Civil Veterinary Dept. Assam report 1927-50 - 1927-1950
Year: 1927
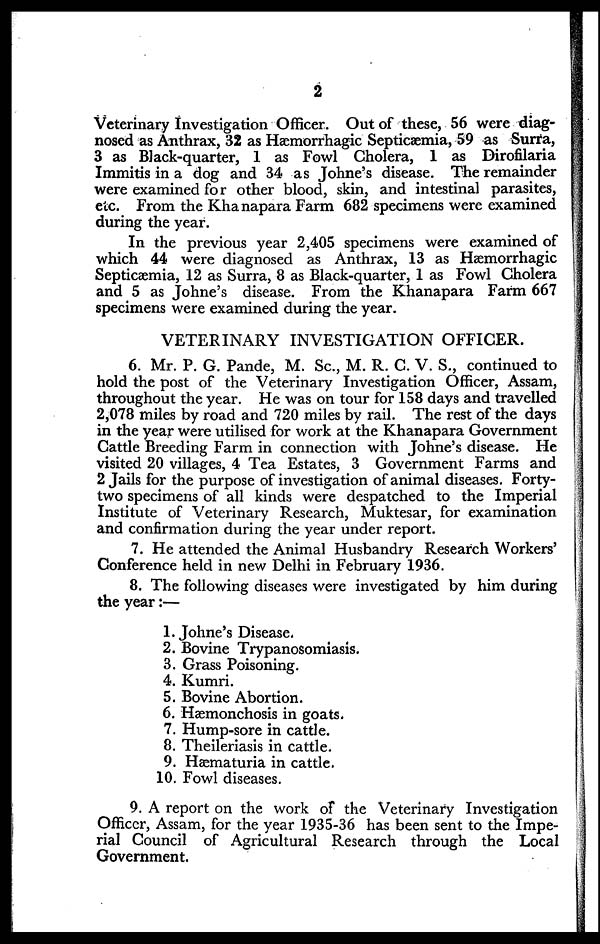
2
Veterinary Investigation Officer. Out of these, 56 were diag-
nosed as Anthrax, 32 as Hæmorrhagic Septicaemia, 59 as Surra,
3 as Black-quarter, 1 as Fowl Cholera, 1 as Dirofilaria
Immitis in a dog and 34 as Johne's disease. The remainder
were examined for other blood, skin, and intestinal parasites,
etc. From the Khanapara Farm 682 specimens were examined
during the year.
In the previous year 2,405 specimens were examined of
which 44 were diagnosed as Anthrax, 13 as Hæmorrhagic
Septicaemia, 12 as Surra, 8 as Black-quarter, 1 as Fowl Cholera
and 5 as Johne's disease. From the Khanapara Farm 667
specimens were examined during the year.
VETERINARY INVESTIGATION OFFICER.
6. Mr. P. G. Pande, M. Sc., M. R. C. V. S., continued to
hold the post of the Veterinary Investigation Officer, Assam,
throughout the year. He was on tour for 158 days and travelled
2,078 miles by road and 720 miles by rail. The rest of the days
in the year were utilised for work at the Khanapara Government
Cattle Breeding Farm in connection with Johne's disease. He
visited 20 villages, 4 Tea Estates, 3 Government Farms and
2 Jails for the purpose of investigation of animal diseases. Forty-
two specimens of all kinds were despatched to the Imperial
Institute of Veterinary Research, Muktesar, for examination
and confirmation during the year under report.
7. He attended the Animal Husbandry Research Workers'
Conference held in new Delhi in February 1936.
8. The following diseases were investigated by him during
the year:—
1. Johne's Disease.
2. Bovine Trypanosomiasis.
3. Grass Poisoning.
4. Kumri.
5. Bovine Abortion.
6. Hæmonchosis in goats.
7. Hump-sore in cattle.
8. Theileriasis in cattle.
9. Hæmaturia in cattle.
10. Fowl diseases.
9. A report on the work of the Veterinary Investigation
Officer, Assam, for the year 1935-36 has been sent to the Impe-
rial Council of Agricultural Research through the Local
Government.